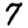
Digit: 7